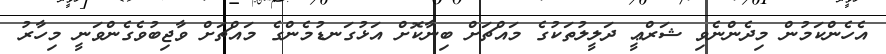
އެހެންކަމުން މިދެންނެވި ޝަރްޢީ ދަލީލުތަކުގެ މައްޗަށް ބިނާކޮށް އަޅުގަނޑުމެންގެ މައްޗަށް ވާޖިބުވެގެންވަނީ މިހާރު